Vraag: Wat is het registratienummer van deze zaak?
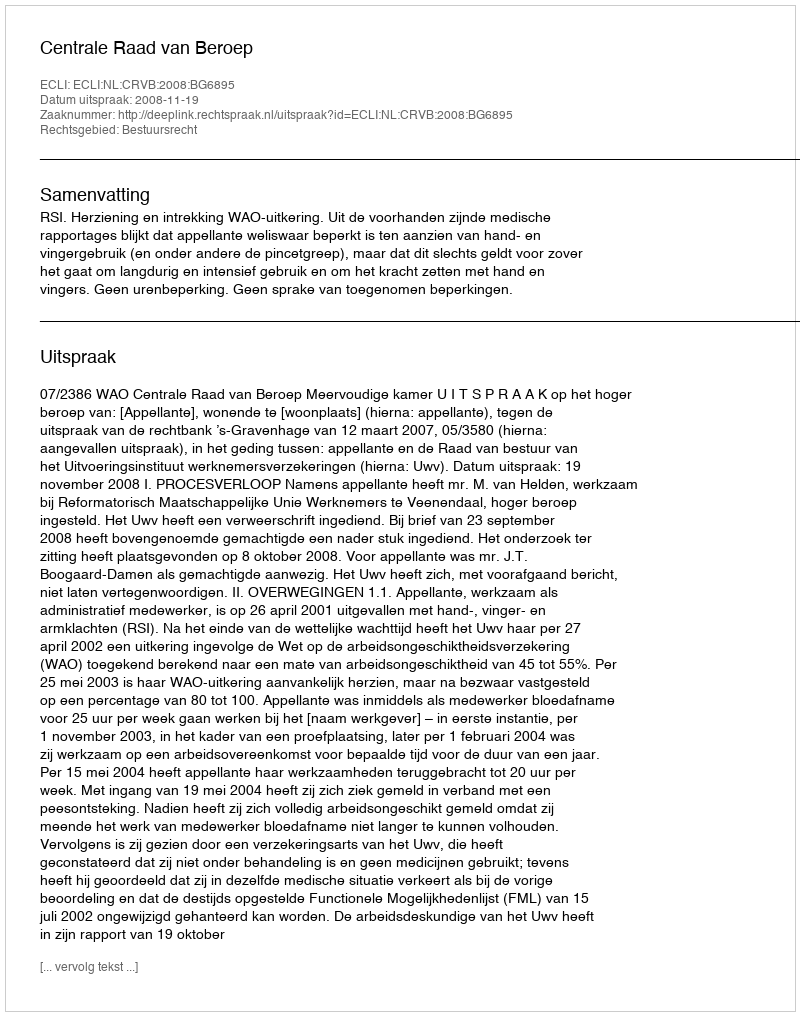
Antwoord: http://deeplink.rechtspraak.nl/uitspraak?id=ECLI:NL:CRVB:2008:BG6895